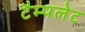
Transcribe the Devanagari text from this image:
टैम्पलेट